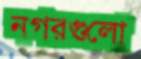
নগরগুলো